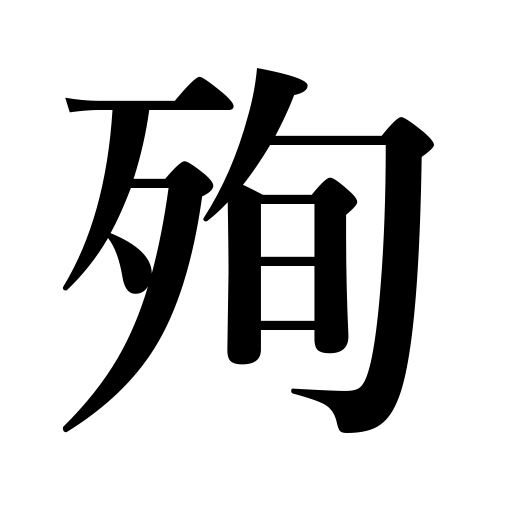
Meanings: follow in resigning,follow someone by committing suicide,die a martyr